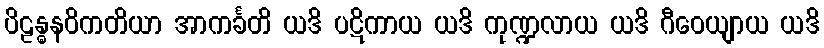
ပိဠန္ဓနဝိကတိယာ အာကင်္ခတိ ယဒိ ပဋိကာယ ယဒိ ကုဏ္ဍလာယ ယဒိ ဂီဝေယျာယ ယဒိ